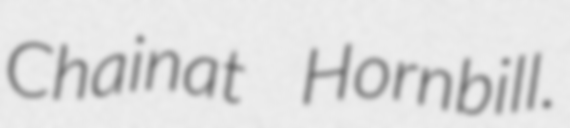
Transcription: Chainat Hornbill.